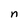
Character: n